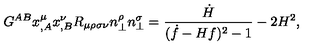
G ^ { A B } x _ { , A } ^ { \mu } x _ { , B } ^ { \nu } R _ { \mu \rho \sigma \nu } n _ { \perp } ^ { \rho } n _ { \perp } ^ { \sigma } = \frac { \dot { H } } { ( \dot { f } - H f ) ^ { 2 } - 1 } - 2 H ^ { 2 } ,